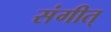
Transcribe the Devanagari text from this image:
संगीत्